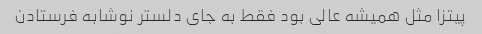
پیتزا مثل همیشه عالی بود فقط به جای دلستر نوشابه فرستادن